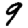
Digit: 9